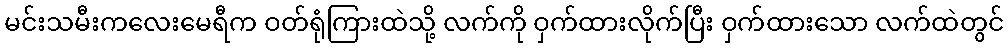
မင်းသမီးကလေးမေရီက ဝတ်ရုံကြားထဲသို့ လက်ကို ဝှက်ထားလိုက်ပြီး ဝှက်ထားသော လက်ထဲတွင်